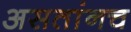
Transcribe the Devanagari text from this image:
असतांनच